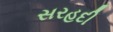
સરહદી